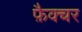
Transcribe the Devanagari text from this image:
फ़ैक्चर